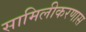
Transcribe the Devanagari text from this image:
सामिलीकरणास